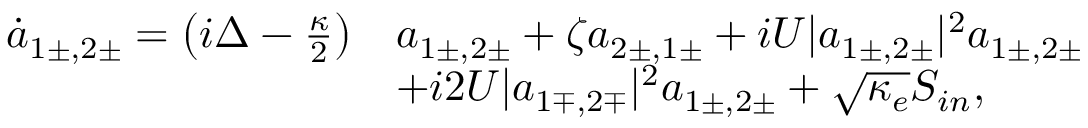
\begin{array} { r l } { \dot { a } _ { 1 \pm , 2 \pm } = \left( i \Delta - \frac { \kappa } { 2 } \right) } & { a _ { 1 \pm , 2 \pm } + \zeta a _ { 2 \pm , 1 \pm } + i U | a _ { 1 \pm , 2 \pm } | ^ { 2 } a _ { 1 \pm , 2 \pm } } \\ & { + i 2 U | a _ { 1 \mp , 2 \mp } | ^ { 2 } a _ { 1 \pm , 2 \pm } + \sqrt { \kappa _ { e } } S _ { i n } , } \end{array}